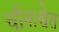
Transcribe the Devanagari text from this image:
चीनाश्वेत